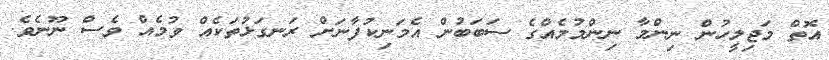
އޮތް މަޖިލީހުން ނިންމާ ނިންމުމެއްގެ ސަބަބުން އެމަނިކުފާނަށް ރަނގަޅުތަކެއް ވުމެއް ވެސް ނޫނެވެ.